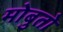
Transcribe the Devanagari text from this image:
मोबुतो